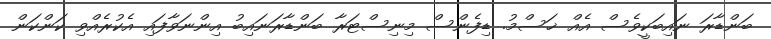
ބަންޑާރަ ނައިބަކީވެސް އެއް ޚަސްމު. ޑިފެންސް މިނިސްޓަރާ ބަންޑާރަނައިބު އިންނަވާފައި އެކުރެއްވި ކަންކަން